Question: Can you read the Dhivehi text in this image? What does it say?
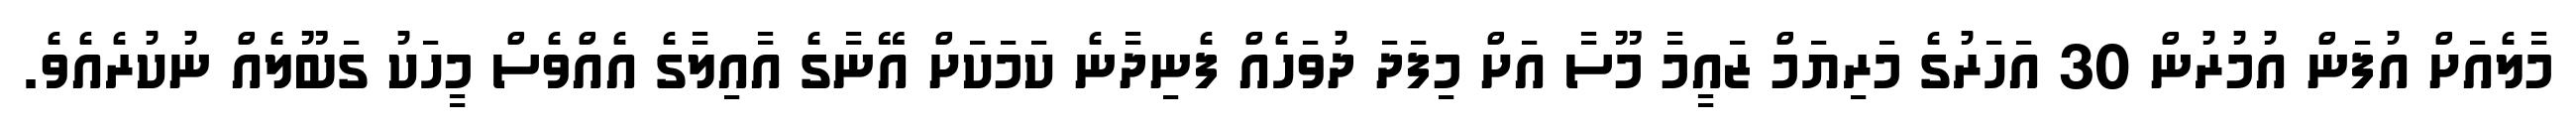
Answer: މާލެއަށް އުފަން އުމުރުން 30 އަހަރުގެ މަރިޔަމް ޒައީމާ މޫސާ އަށް މިފަދަ ދުވަހެއް ފެނިދާނެ ކަމަކަށް އޭނާގެ އާއިލާގެ އެއްވެސް މީހަކު ގަބޫލެއް ނުކުރެއެވެ.